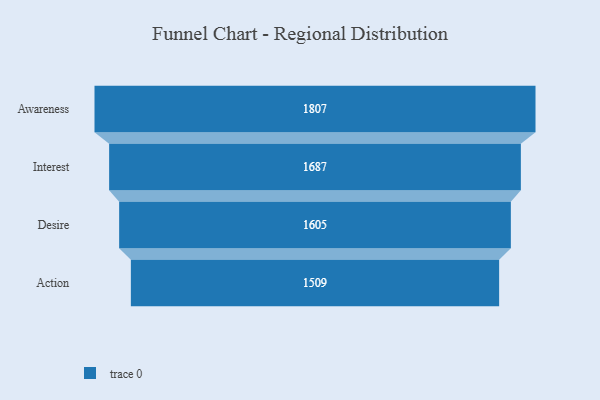
{"axis": {"x": "Stage", "y": "Value"}, "legend": [""], "data": [{"x": "Awareness", "y": 1807.0, "type": ""}, {"x": "Interest", "y": 1687.0, "type": ""}, {"x": "Desire", "y": 1605.0, "type": ""}, {"x": "Action", "y": 1509.0, "type": ""}]}